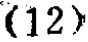
\((12)\)